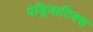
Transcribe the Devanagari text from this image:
पेड्रियाटिक्स